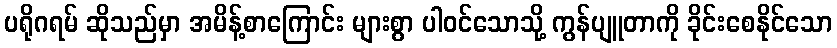
ပရိုဂရမ် ဆိုသည်မှာ အမိန့်စာကြောင်း များစွာ ပါဝင်သောသို့ ကွန်ပျူတာကို ခိုင်းစေနိုင်သော